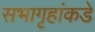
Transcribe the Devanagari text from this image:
सभागृहांकडे